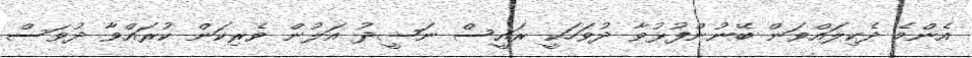
އެންމެ ދެކިލައްވަން ބޭނުންފުޅުވާ ދުވަހަކީ ރައީސް ނަޝީދު އަލުން ވެރިކަން ކުރައްވާ ދުވަސް